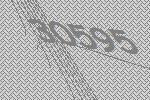
30595